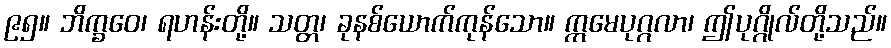
၉၅။ ဘိက္ခဝေ၊ ရဟန်းတို့။ သတ္တ၊ ခုနစ်ယောက်ကုန်သော။ ဣမေပုဂ္ဂလာ၊ ဤပုဂ္ဂိုလ်တို့သည်။